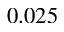
0 . 0 2 5